Bombay plague: being a history of the progress of plague in the Bombay presidency from September 1896 to June 1899
Year: 1896
Disease focus: Plague
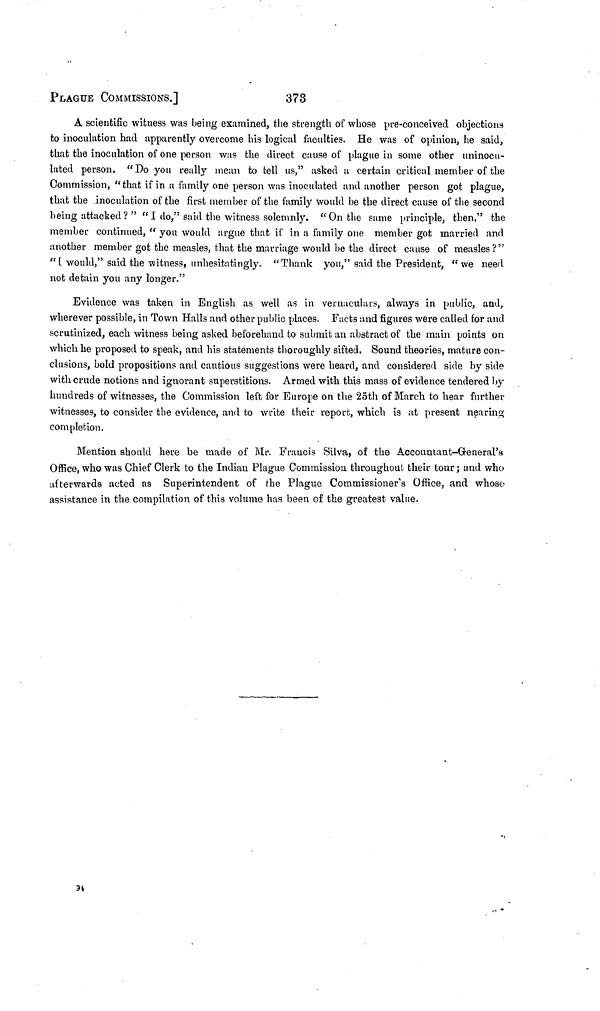
PLAGUE COMMISSIONS.]
373
A scientific witness was being examined, the strength of whose pre-conceived objections
to inoculation had apparently overcome his logical faculties. He was of opinion, he said,
that the inoculation of one person was the direct cause of plague in some other uninocu-
lated person. "Do you really mean to tell us," asked a certain critical member of the
Commission, "that if in a family one person was inoculated and another person got plague,
that the inoculation of the first member of the family would be the direct cause of the second
being attacked ?" " I do," said the witness solemnly. "On the same principle, then," the
member continued, " you would argue that if in a family one member got married and
another member got the measles, that the marriage would he the direct cause of measles ?"
"L would," said the witness, unhesitatingly. "Thank you," said the President, "we need
not detain you any longer."
Evidence was taken in English as well as in vernaculars, always in public, and,
wherever possible, in Town Halls and other public places. Facts and figures were called for and
scrutinized, each witness being asked beforehand to submit an abstract of the main points on
which he proposed to speak, and his statements thoroughly sifted. Sound theories, mature con-
clusions, bold propositions and cautious suggestions were heard, and considered side by side
with crude notions and ignorant superstitions. Armed with this mass of evidence tendered by
hundreds of witnesses, the Commission left for Europe on the 25th of March to hear further
witnesses, to consider the evidence, and to write their report, which is at present nearing
completion.
Mention should here be made of Mr. Francis Silva, of the Accountant-General's
Office, who was Chief Clerk to the Indian Plague Commission throughout their tour; and who
afterwards acted as Superintendent of the Plague Commissioner's Office, and whose
assistance in the compilation of this volume has been of the greatest value.
94